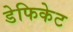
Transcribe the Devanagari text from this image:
डेफिकेट